Leaving Certificate Examination, 1918
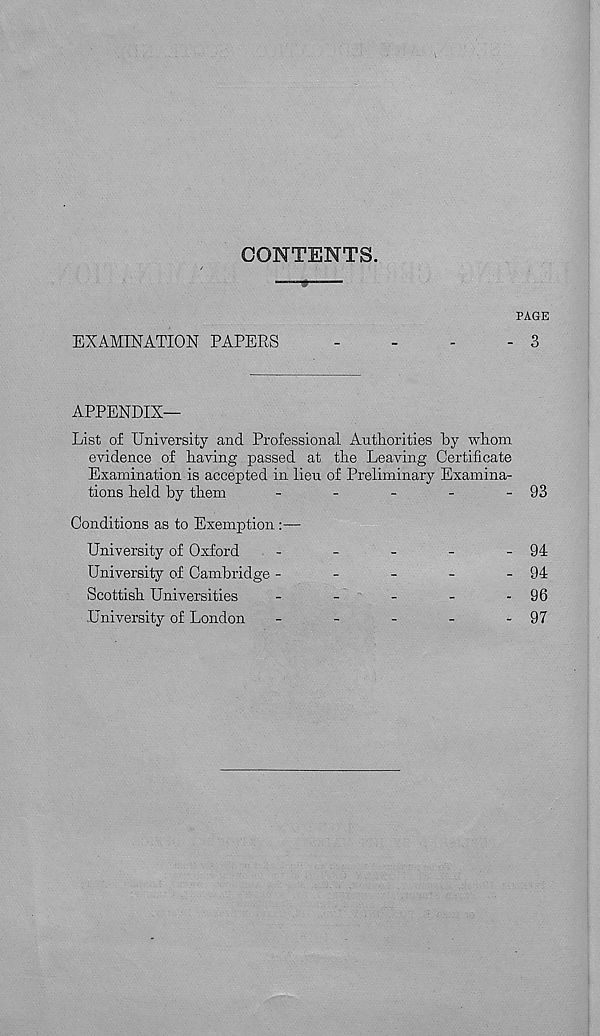
CONTENTS.
PAGE
EXAMINATION PAPERS
-
-
-
- 3
APPENDIX—
List of University and Professional Authorities by whom
evidence of having passed at the Leaving Certificate
Examination is accepted in lieu of Preliminary Examina-
tions held by them
-
-
-
-
- 93
Conditions as to Exemption :—
University of Oxford
-
-
-
-
- 94
University of Cambridge -
-
-
-
- 94
Scottish Universities
-
-
-
-
- 96
University of London
-
-
-
-
- 97